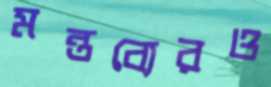
মন্তব্যেরও